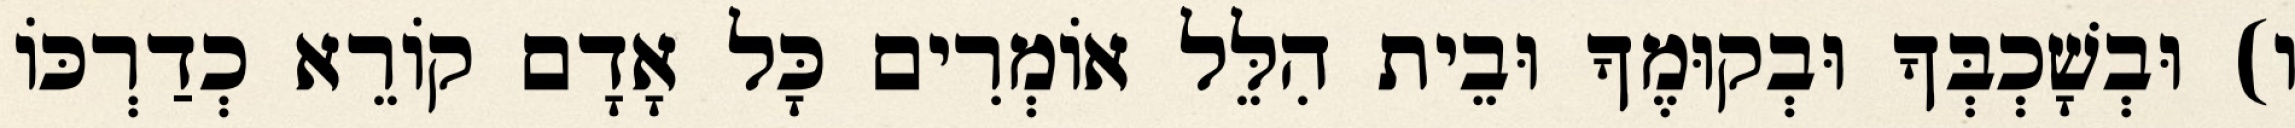
ו) וּבְשָׁכְבְּךָ וּבְקוּמֶךָ וּבֵית הִלֵּל אוֹמְרִים כָּל אָדָם קוֹרֵא כְדַרְכּוֹ